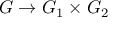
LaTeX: G \to G _ { 1 } \times G _ { 2 }